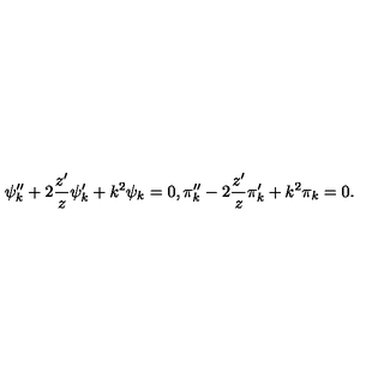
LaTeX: \psi _ { k } ^ { \prime \prime } + 2 \frac { z ^ { \prime } } { z } \psi _ { k } ^ { \prime } + k ^ { 2 } \psi _ { k } = 0 , \pi _ { k } ^ { \prime \prime } - 2 \frac { z ^ { \prime } } { z } \pi _ { k } ^ { \prime } + k ^ { 2 } \pi _ { k } = 0 .